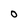
Character: 0